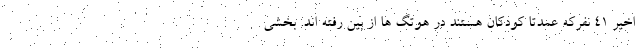
اخیر ۴۱ نفرکه عمدتا کودکان هستند در هوتگ ها از بین رفته اند. بخشی